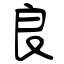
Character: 良